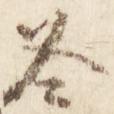
冬